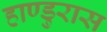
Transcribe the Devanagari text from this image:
हाण्डुरास